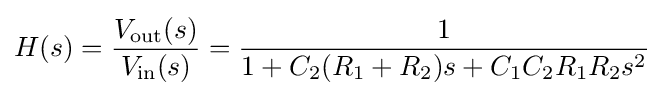
H(s)={\frac {V_{\text{out}}(s)}{V_{\text{in}}(s)}}={\frac {1}{1+C_{2}(R_{1}+R_{2})s+C_{1}C_{2}R_{1}R_{2}s^{2}}}